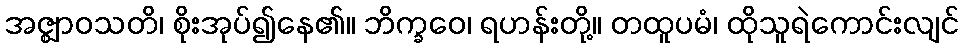
အဇ္ဈာဝသတိ၊ စိုးအုပ်၍နေ၏။ ဘိက္ခဝေ၊ ရဟန်းတို့။ တထူပမံ၊ ထိုသူရဲကောင်းလျင်